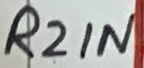
Text: R2IN